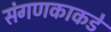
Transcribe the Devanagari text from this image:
संगणकाकडे